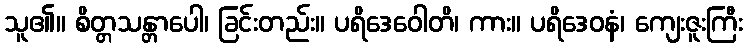
သူ၏။ စိတ္တသန္တာပေါ၊ ခြင်းတည်း။ ပရိဒေဝေါတိ၊ ကား။ ပရိဒေဝနံ၊ ကျေးဇူးကြီး